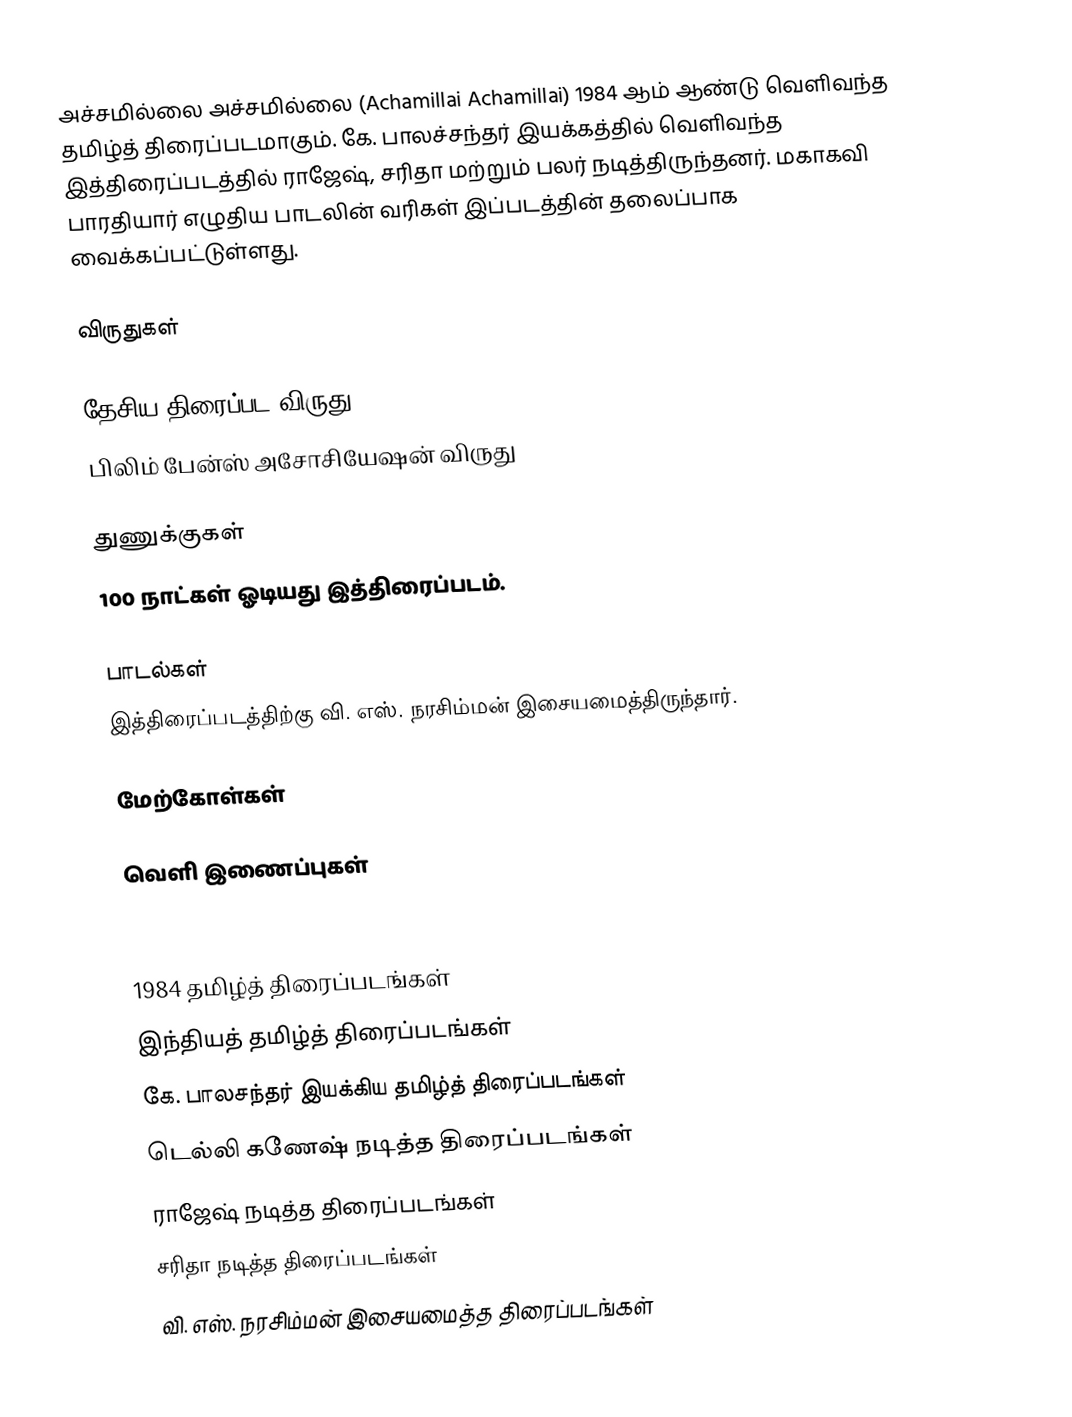
அச்சமில்லை அச்சமில்லை (Achamillai Achamillai) 1984 ஆம் ஆண்டு வெளிவந்த தமிழ்த் திரைப்படமாகும். கே. பாலச்சந்தர் இயக்கத்தில் வெளிவந்த இத்திரைப்படத்தில் ராஜேஷ், சரிதா மற்றும் பலர் நடித்திருந்தனர். மகாகவி பாரதியார் எழுதிய பாடலின் வரிகள் இப்படத்தின் தலைப்பாக வைக்கப்பட்டுள்ளது.

விருதுகள்

தேசிய திரைப்பட விருது
பிலிம் பேன்ஸ் அசோசியேஷன் விருது

துணுக்குகள்
100 நாட்கள் ஓடியது இத்திரைப்படம்.

பாடல்கள்
இத்திரைப்படத்திற்கு வி. எஸ். நரசிம்மன் இசையமைத்திருந்தார்.

மேற்கோள்கள்

வெளி இணைப்புகள்

1984 தமிழ்த் திரைப்படங்கள்
இந்தியத் தமிழ்த் திரைப்படங்கள்
கே. பாலசந்தர் இயக்கிய தமிழ்த் திரைப்படங்கள்
டெல்லி கணேஷ் நடித்த திரைப்படங்கள்
ராஜேஷ் நடித்த திரைப்படங்கள்
சரிதா நடித்த திரைப்படங்கள்
வி. எஸ். நரசிம்மன் இசையமைத்த திரைப்படங்கள்